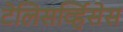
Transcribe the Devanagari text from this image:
टेलिसर्व्हिसेस